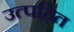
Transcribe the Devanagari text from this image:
उत्पड़ित